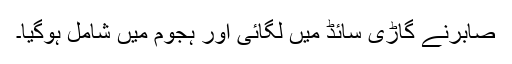
صابرنے گاڑی سائڈ میں لگائی اور ہجوم میں شامل ہوگیا۔